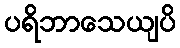
ပရိဘာသေယျပိ